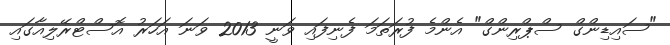
"ސައިޑިންގް ސްޕްރިންގް" އެންމެ ފުރަތަމަ ފެނިފައި ވަނީ 2013 ވަނަ އަހަރު އޮސްޓްރޭލިއާގައި